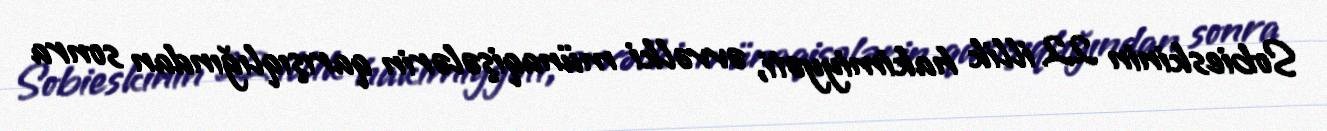
Sobieskinin 22 illik hakimiyyəti, əvvəlki münaqişələrin qarışıqlığından sonra